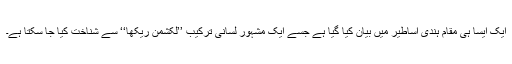
ایک ایسا ہی مقام ہندی اساطیر میں بیان کیا گیا ہے جسے ایک مشہور لسانی ترکیب ’’لکشمن ریکھا‘‘ سے شناخت کیا جا سکتا ہے۔